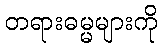
တရားဓမ္မများကို